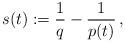
LaTeX: \begin{align*}s(t):=\frac{1}{q}-\frac{1}{p(t)}\,,\end{align*}